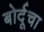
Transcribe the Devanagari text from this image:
बोर्दूचा